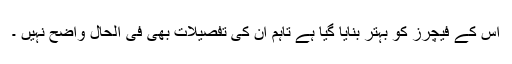
اس کے فیچرز کو بہتر بنایا گیا ہے تاہم ان کی تفصیلات بھی فی الحال واضح نہیں ۔